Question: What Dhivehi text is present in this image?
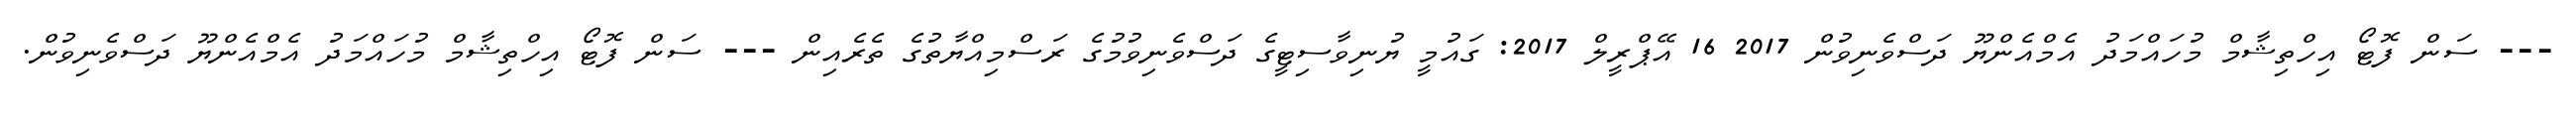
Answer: --- ސަން ފޮޓޯ އިހްތިޝާމް މުހައްމަދު އެމްއެންޔޫ ދަސްވެނިވުން 2017 16 އޭޕްރީލް 2017: ގައުމީ ޔުނިވާސިޓީގެ ދަސްވެނިވުމުގެ ރަސްމިއްޔާތުގެ ތެރެއިން --- ސަން ފޮޓޯ އިހްތިޝާމް މުހައްމަދު އެމްއެންޔޫ ދަސްވެނިވުން.